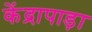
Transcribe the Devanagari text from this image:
केंद्रापाड़ा